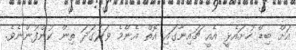
އަށް ބިޑް ހުށައެޅީ އެއީ ޗައިނާގައި އޮތް އެންމެ ވަރުގަދަ ތިން ކުންފުންނެވެ.